Manual of vaccination for the United Provinces of Agra and Oudh -
Year: 1903
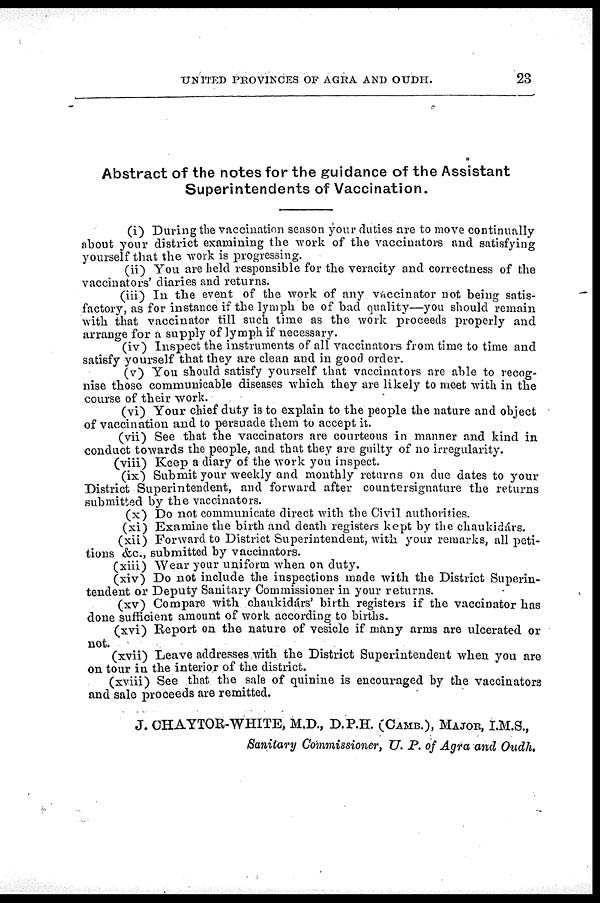
UNITED PROVINCES OF AGRA AND OUDH.
23
Abstract of the notes for the guidance of the Assistant
Superintendents of Vaccination.
(i) During the vaccination season your duties are to move continually
about your district examining the work of the vaccinators and satisfying
yourself that the work is progressing.
(ii) You are held responsible for the veracity and correctness of the
vaccinators' diaries and returns.
(iii) In the event of the work of any vaccinator not being satis-
factory, as for instance if the lymph be of bad quality—you should remain
with that vaccinator till such time as the work proceeds properly and
arrange for a supply of lymph if necessary.
(iv) Inspect the instruments of all vaccinators from time to time and
satisfy yourself that they are clean and in good order.
(v) You should satisfy yourself that vaccinators are able to recog-
nise those communicable diseases which they are likely to meet with in the
course of their work.
(vi) Your chief duty is to explain to the people the nature and object
of vaccination and to persuade them to accept it.
(vii) See that the vaccinators are courteous in manner and kind in
conduct towards the people, and that they are guilty' of no irregularity.
(viii) Keep a diary of the work you inspect.
(ix) Submit your weekly and monthly returns on due dates to your
District Superintendent, and forward after countersignature the returns
submitted by the vaccinators.
(x) Do not communicate direct with the Civil authorities.
(xi) Examine the birth and death registers kept by the chaukidárs.
(xii) Forward to District Superintendent, with your remarks, all peti-
tions &c., submitted by vaccinators.
(xiii) Wear your uniform when on duty.
(xiv) Do not include the inspections made with the District Superin-
tendent or Deputy Sanitary Commissioner in your returns.
(xv) Compare with chaukidárs' birth registers if the vaccinator has
done sufficient amount of work according to births.
(xvi) Report on the nature of vesicle if many arms are ulcerated or
not.
(xvii) Leave addresses with the District Superintendent when you are
on tour in the interior of the district.
(xviii) See that the sale of quinine is encouraged by the vaccinators
and sale proceeds are remitted.
J. CHAYTOR-WHITE, M.D., D.P.H. (CAMB.), MAJOR, I.M.S.,
Sanitary Commissioner, U. P. of Agra and Oudh.